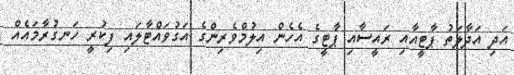
އަދި އަދާލަތު ޕާޓީއާއި ރައީސާއި ޕާޓީގެ އެހެން އިލުމްވެރިންގެ އަގުވައްޓާލައި ފިކުރީ ހަނގުރާމައެއް